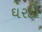
ઘરડી